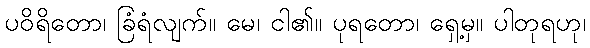
ပဝိရိတော၊ ခြံရံလျက်။ မေ၊ ငါ၏။ ပုရတော၊ ရှေ့မှ။ ပါတုရဟု၊